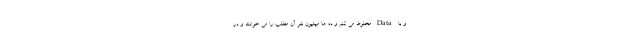
و با Data مخلوط می کنم و ده ها میلیون نفر آن مطلب را می خوانند و در